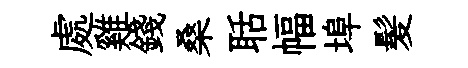
處雞錢桑聒幅埠髪